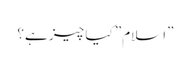
”اسلام” کیا چیز ہے؟